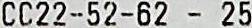
CC22-52-62 - 25